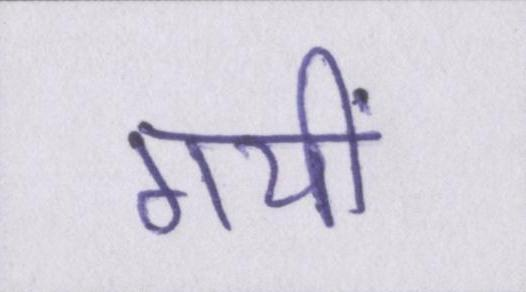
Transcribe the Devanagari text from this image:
गयीं